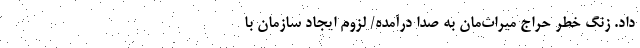
داد. زنگ خطرِ حراجِ میراث‌مان به صدا درآمده/ لزوم ایجاد سازمان با